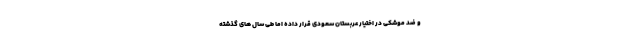
و ضد موشکی در اختیار عربستان سعودی قرار داده اما طی سال های گذشته